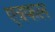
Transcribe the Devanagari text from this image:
एत्रफल